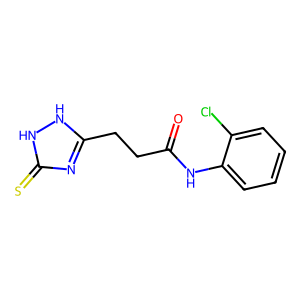
SMILES: O=C(CCc1nc(=S)[nH][nH]1)Nc1ccccc1Cl
Inhibits HIV replication: No